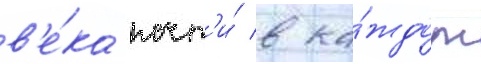
в'е́ка почт'и́ в ка́ждом